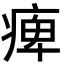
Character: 痺